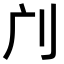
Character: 𠚳